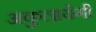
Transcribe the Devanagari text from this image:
अकुलायेगी